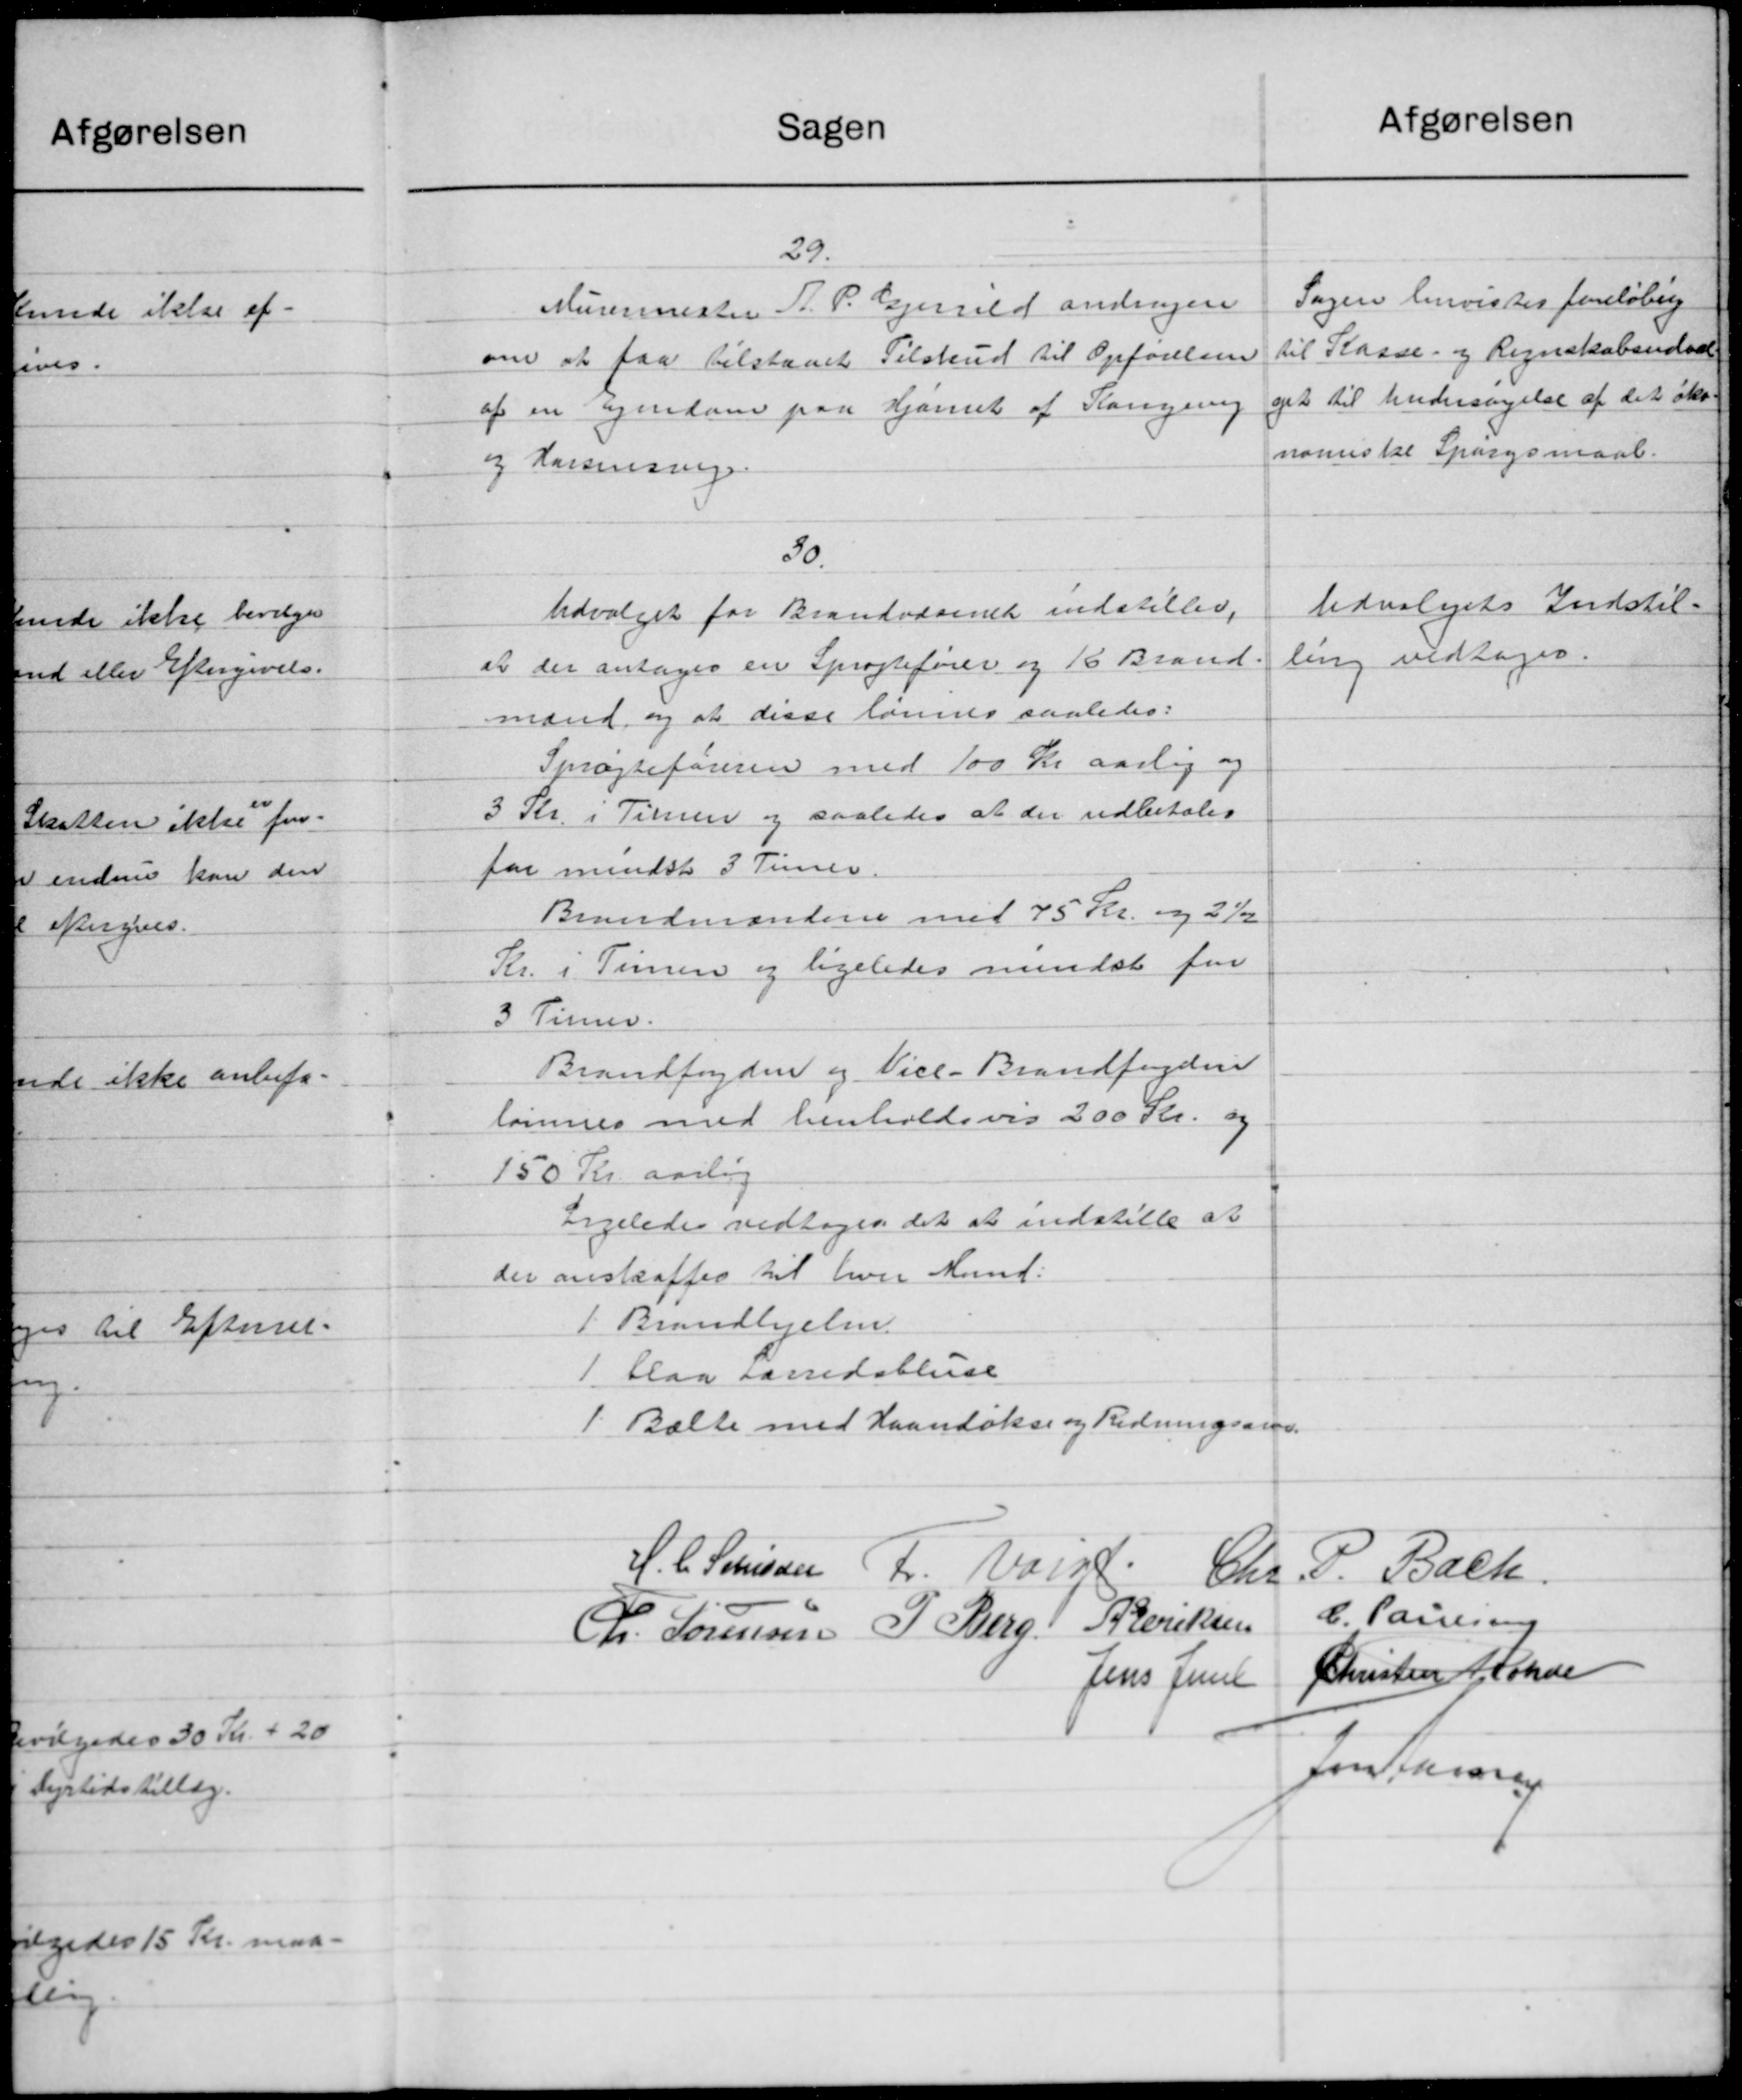
Transskription:
Sagen
29.
Murermester A. P. Gjerrild andrager
om at faa tilstaaet Tilskud til Opførelsen
af en Ejendom paa Hjarnet af Kongering
og Kassensing
30.
Udvalget for Brandvæsenet indstiller,
at der antages en Sprøjtefører og 16 Brand.
mand, og at disse lønnes saaledes:
Sprægteføreren med 100 Kr aarlig og
3 Kr. i Timen og saaledes at der udbetales
for mindst 3 Timer
Brandmandene med 75 Kr. og 2½
Kr. i Timen og ligeledes mindst for
3 Timer.
Brandfogden og Vice-Brandfogden
lønnes med henholdsvis 200 Kr. og
150 Kr. aarlig
Ligeledes vedtoges det at indstille at
der anskaffes til hver Lund:
1 Brandhelm.
1 blaa Farsdalene
1. Balle med Haandøkse og Redningson.
H. C. Schissen Fr. Valgt
Chr.
R. Sørensen P. Berg: Pderiksen
Jens June